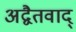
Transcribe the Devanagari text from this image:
अद्वैतवाद्